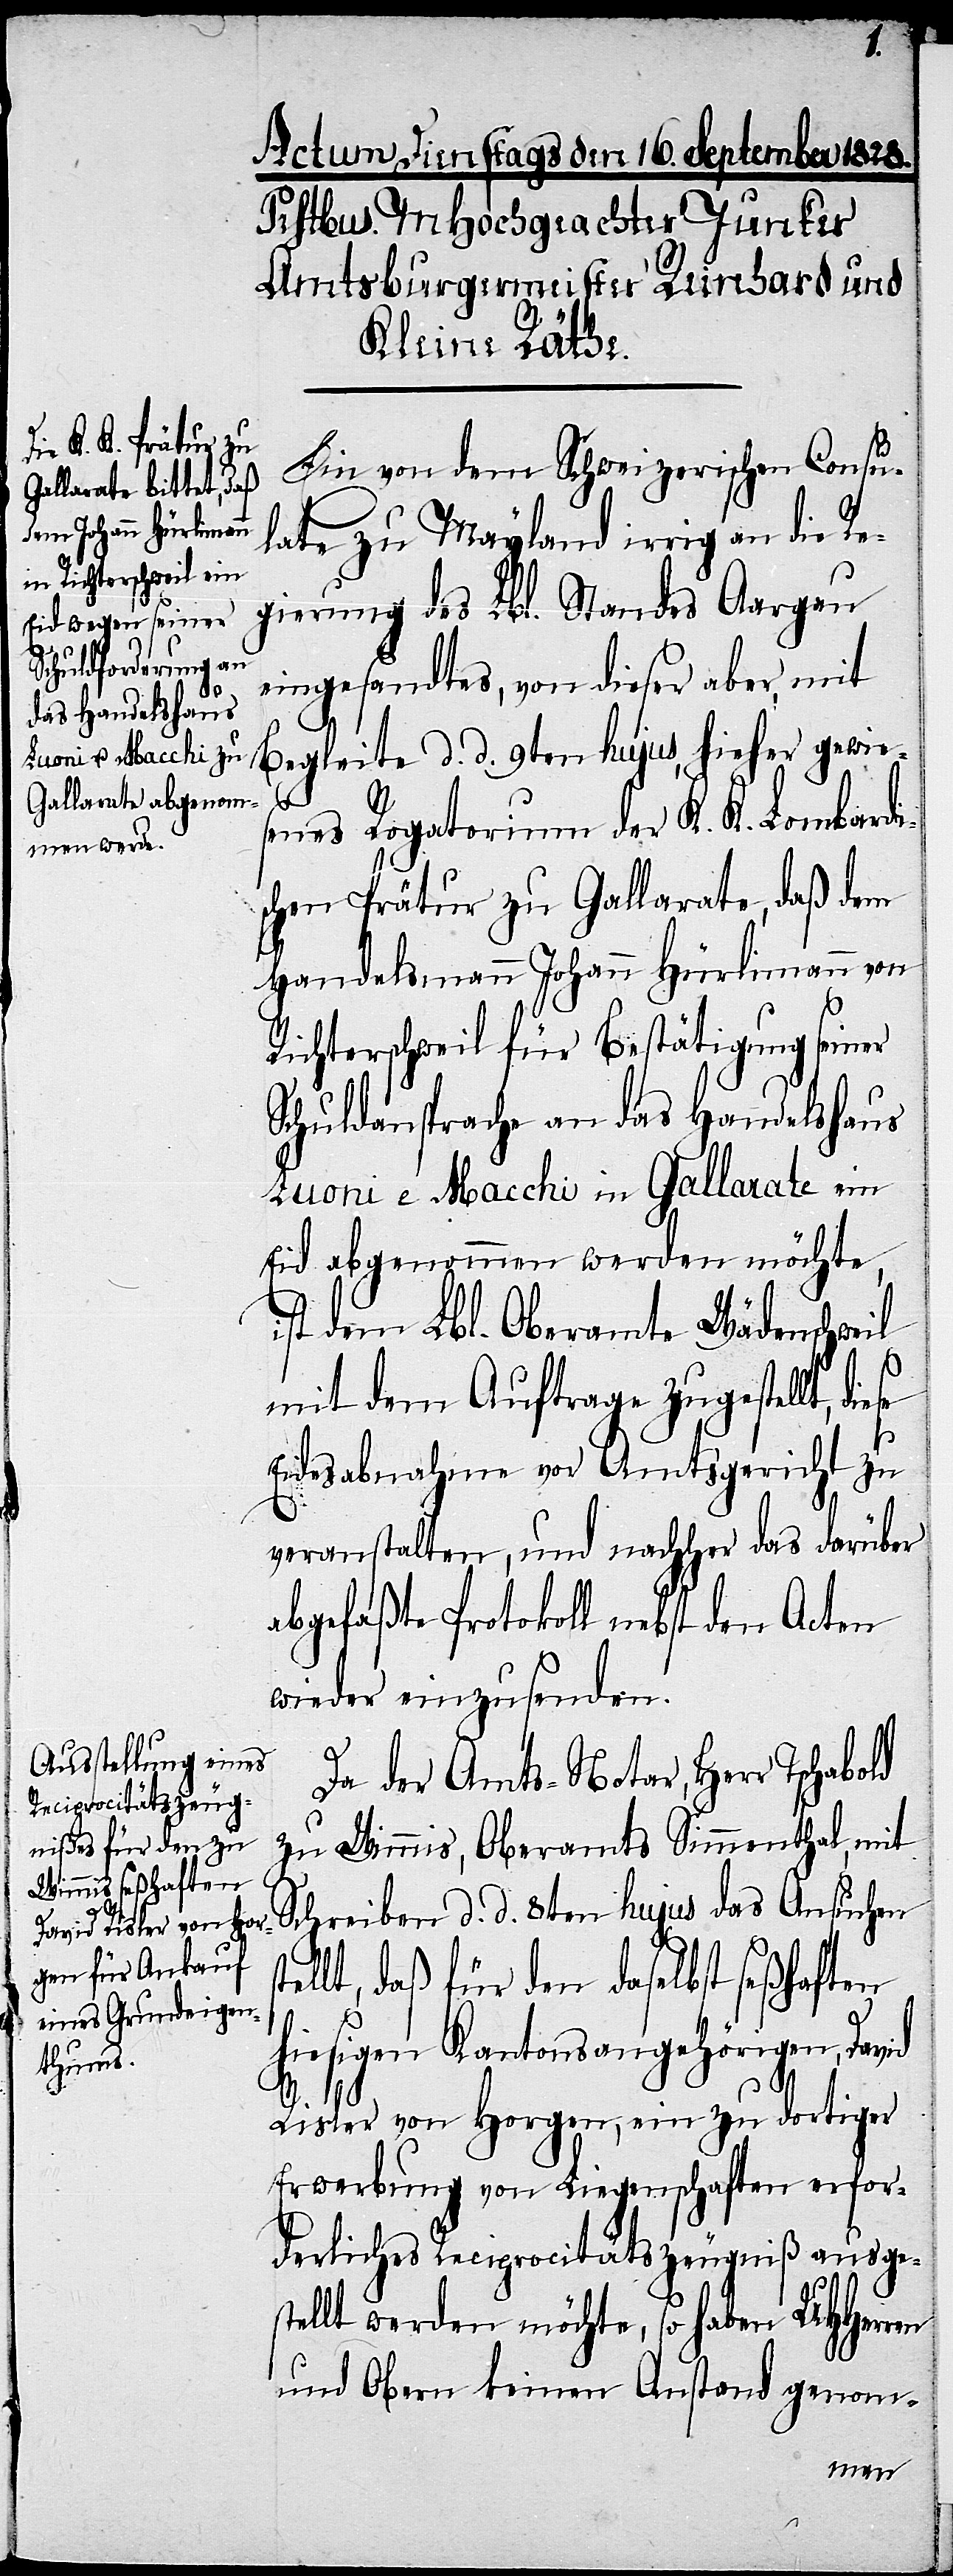
Ein von dem Schweizerischen Consu¬
late zu Mayland irrig an die Re¬
gierung des Lbl. Standes Aargau
eingesandtes, von dieser aber, mit
Begleite d. d. 9ten hujus, hieher gewie¬
senes Rogatorium der K. K. Lombardi¬
schen Prätur zu Gallarate, daß dem
Handelsmann Johann Hürlimann von
Richterschweil für Bestätigung seiner
Schuldansprache an das Handelshaus
Luoni e Macchi in Gallarate ein
Eid abgenommen werden möchte,
ist dem Lbl. Oberamte Wädenschweil
el¬
mit dem Auftrage zugestellt, di¬
Eidesabnahme vor Amtsgericht zu
veranstalten, und nachher das darüber
abgefaßte Protokoll nebst den Acten
wieder einzusenden.
Da der Amts-Notar, Herr Tschabold
zu Wimmis, Oberamts Simmenthal, mit
Schreiben d. d. 8ten hujus das Ansuchen
lt, daß für den daselbst seßhaften
hiesigen Kantonsangehörigen, David
Risler von Horgen, ein zu dortiger
Erwerbung von Liegenschaften erfor¬
derliches Reciprocitätszeugniß ausges¬
tellt werden möchte, so haben UHHerren
und Obern keinen Anstand genom-